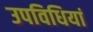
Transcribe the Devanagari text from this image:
उपविधियां